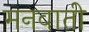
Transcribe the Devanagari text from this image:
मनवाती